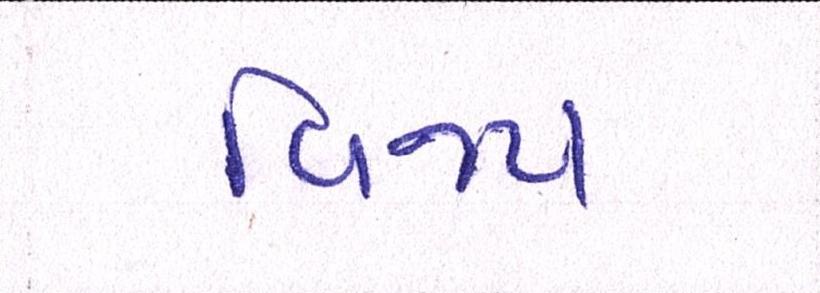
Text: વિજય